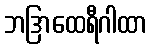
ဘဒြာထေရီဂါထာ